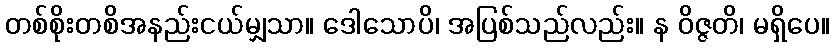
တစ်စိုးတစိအနည်းငယ်မျှသာ။ ဒေါသောပိ၊ အပြစ်သည်လည်း။ န ဝိဇ္ဇတိ၊ မရှိပေ။